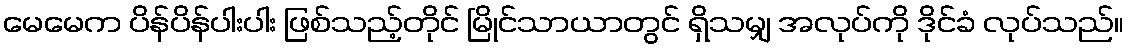
မေမေက ပိန်ပိန်ပါးပါး ဖြစ်သည့်တိုင် မြိုင်သာယာတွင် ရှိသမျှ အလုပ်ကို ဒိုင်ခံ လုပ်သည်။